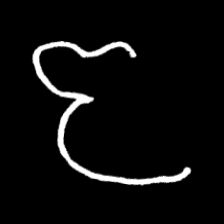
Pyu character \u2014 Myanmar letter: ဇ (romanized: ja)